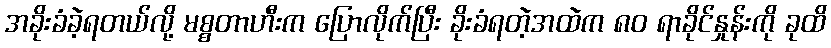
အခိုးခံခဲ့ရတယ်လို့ မစ္စတာဟီးက ပြောလိုက်ပြီး ခိုးခံရတဲ့အထဲက ၈၀ ရာခိုင်နှုန်းကို ခုထိ